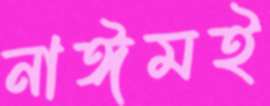
নাঈমই